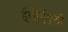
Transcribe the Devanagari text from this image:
ईपीईएटी